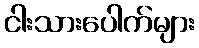
ငါးသားပေါက်များ